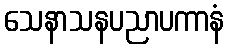
သေနာသနပညာပကာနံ